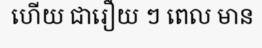
ហើយ ជារឿយ ៗ ពេល មាន